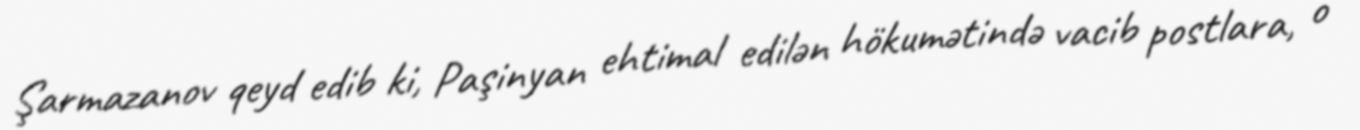
Şarmazanov qeyd edib ki, Paşinyan ehtimal edilən hökumətində vacib postlara, o